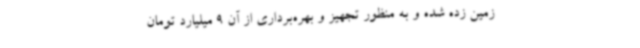
زمین زده شده و به منظور تجهیز و بهره‌برداری از آن 9 میلیارد تومان